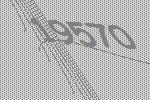
19570